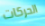
الحركات